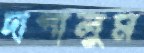
দাপালুম